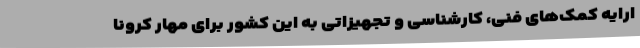
ارایه کمک‌های فنی، کارشناسی و تجهیزاتی به این کشور برای مهار کرونا